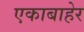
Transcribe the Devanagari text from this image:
एकाबाहेर